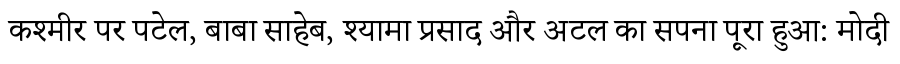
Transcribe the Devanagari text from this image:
कश्मीर पर पटेल, बाबा साहेब, श्यामा प्रसाद और अटल का सपना पूरा हुआ: मोदी